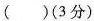
()(3分)